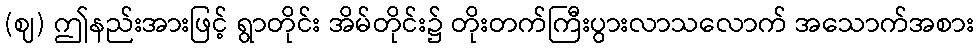
(ဈ) ဤနည်းအားဖြင့် ရွာတိုင်း အိမ်တိုင်း၌ တိုးတက်ကြီးပွားလာသလောက် အသောက်အစား